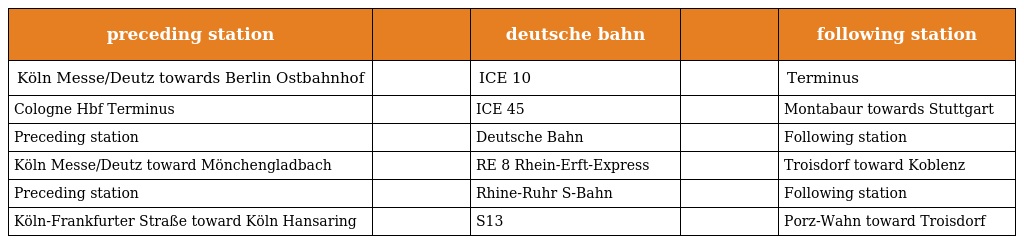
| preceding station |  | deutsche bahn |  | following station |
 | --- | --- | --- | --- | --- |
 | Köln Messe/Deutz towards Berlin Ostbahnhof |  | ICE 10 |  | Terminus |
 | Cologne Hbf Terminus |  | ICE 45 |  | Montabaur towards Stuttgart |
 | Preceding station |  | Deutsche Bahn |  | Following station |
 | Köln Messe/Deutz toward Mönchengladbach |  | RE 8 Rhein-Erft-Express |  | Troisdorf toward Koblenz |
 | Preceding station |  | Rhine-Ruhr S-Bahn |  | Following station |
 | Köln-Frankfurter Straße toward Köln Hansaring |  | S13 |  | Porz-Wahn toward Troisdorf |